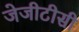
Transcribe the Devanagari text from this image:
जेजीटीसी